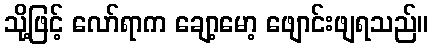
သို့ဖြင့် လော်ရာက ချော့မော့ ဖျောင်းဖျရသည်။